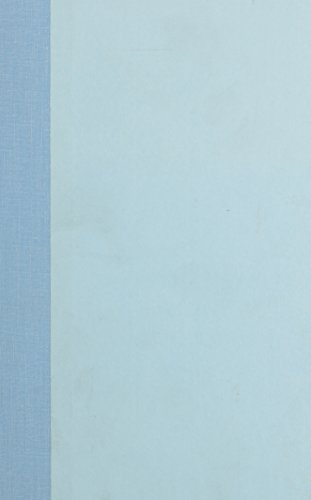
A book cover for Fishing Mississippi; Tony Kinton; Travel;